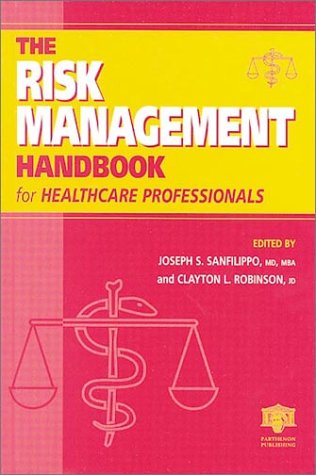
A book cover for The Risk Management Handbook for Healthcare Professionals; Law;